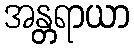
အန္တရာယာ